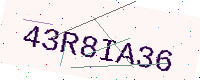
Text: 43R8IA36